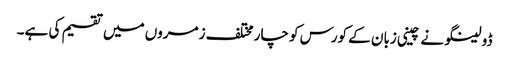
ڈولینگو نے چینی زبان کے کورس کو چار مختلف زمروں میں تقسیم کی ہے۔